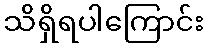
သိရှိရပါကြောင်း